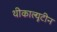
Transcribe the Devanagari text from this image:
थीकाल्यूटीन